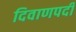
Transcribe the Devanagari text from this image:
दिवाणपदी